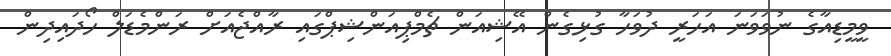
ވީމީޑިއާގެ ނުވަވަނަ އަހަރީ ދުވަހާ ގުޅިގެން އޭޝިއަން ޗެމްޕިއަންޝިޕްގައި ރާއްޖެއަށް ރަންމެޑަލް ހޯދައިދިން